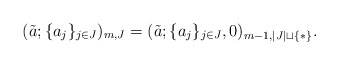
\begin{align*}(\tilde{a};\{a_j\}_{j\in J})_{m,J}=(\tilde{a};\{a_j\}_{j\in J},0)_{m-1,|J|\sqcup \{*\}}.\end{align*}